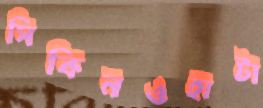
সিকিনওহাটা